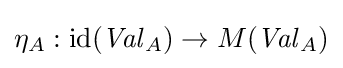
\eta _{A}:\mathrm {id} ({\mathit {Val}}_{A})\to M({\mathit {Val}}_{A})